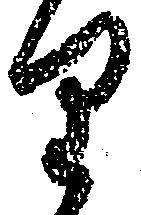
り